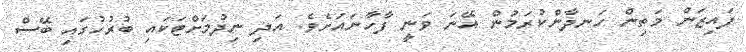
ފައިޒަން މަތިން ހަނދާންކުރަމުން އޭނަ ވަނީ ފާހާނައަށެވެ. އަދި ނިދުމަށްޓަކައި ބުރުހުގައި ބޭސް